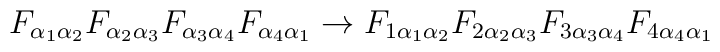
{F_{\alpha_1\alpha_2}}{F_{\alpha_2\alpha_3}}{F_{\alpha_3\alpha_4}}{F_{\alpha_4\alpha_1}}\rightarrow{F_{1\alpha_1\alpha_2}} {F_{2\alpha_2\alpha_3}}{F_{3\alpha_3\alpha_4}}{F_{4\alpha_4\alpha_1}}